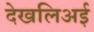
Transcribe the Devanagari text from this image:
देखलिअई